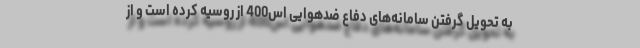
به تحویل گرفتن سامانه‌های دفاع ضدهوایی اس400 از روسیه کرده است و از